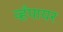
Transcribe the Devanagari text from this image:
व्हँपायर